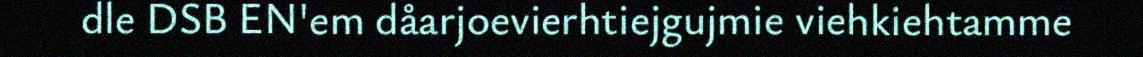
dle DSB EN'em dåarjoevierhtiejgujmie viehkiehtamme